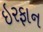
ઇરફાન